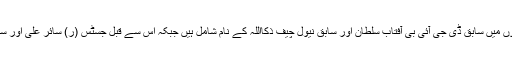
مسلم لیگ ( ن ) کی جانب سے دو سامنے آنے والے نئے ناموں میں سابق ڈی جی آئی بی آفتاب سلطان اور سابق نیول چیف ذکااللہ کے نام شامل ہیں جبکہ اس سے قبل جسٹس (ر) سائر علی اور سابق آئی جی پولیس طارق سلیم ڈوگر کے نام پیش کئے گئے ۔